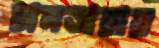
চানতারায়